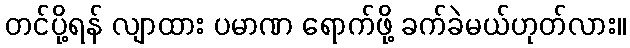
တင်ပို့ရန် လျာထား ပမာဏ ရောက်ဖို့ ခက်ခဲမယ်ဟုတ်လား။